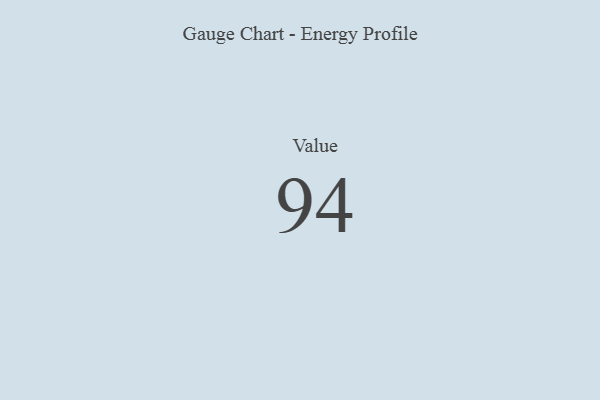
{"axis": {"x": "Metric", "y": "Value"}, "legend": [""], "data": [{"x": "Value", "y": 94, "type": ""}]}